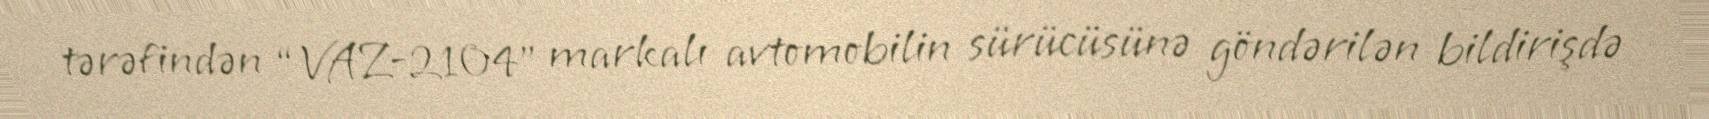
tərəfindən “VAZ-2104” markalı avtomobilin sürücüsünə göndərilən bildirişdə